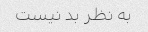
به نظر بد نیست